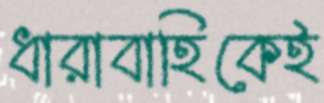
ধারাবাহিকেই